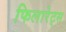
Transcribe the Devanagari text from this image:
फिलारेट्स